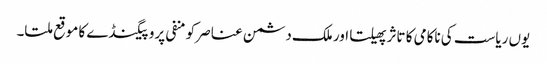
یوں ریاست کی ناکامی کا تاثر پھیلتا اور ملک دشمن عناصر کو منفی پروپیگنڈے کا موقع ملتا۔